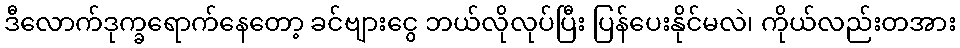
ဒီလောက်ဒုက္ခရောက်နေတော့ ခင်ဗျားငွေ ဘယ်လိုလုပ်ပြီး ပြန်ပေးနိုင်မလဲ၊ ကိုယ်လည်းတအား